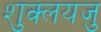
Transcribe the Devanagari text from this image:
शुक्लयजु